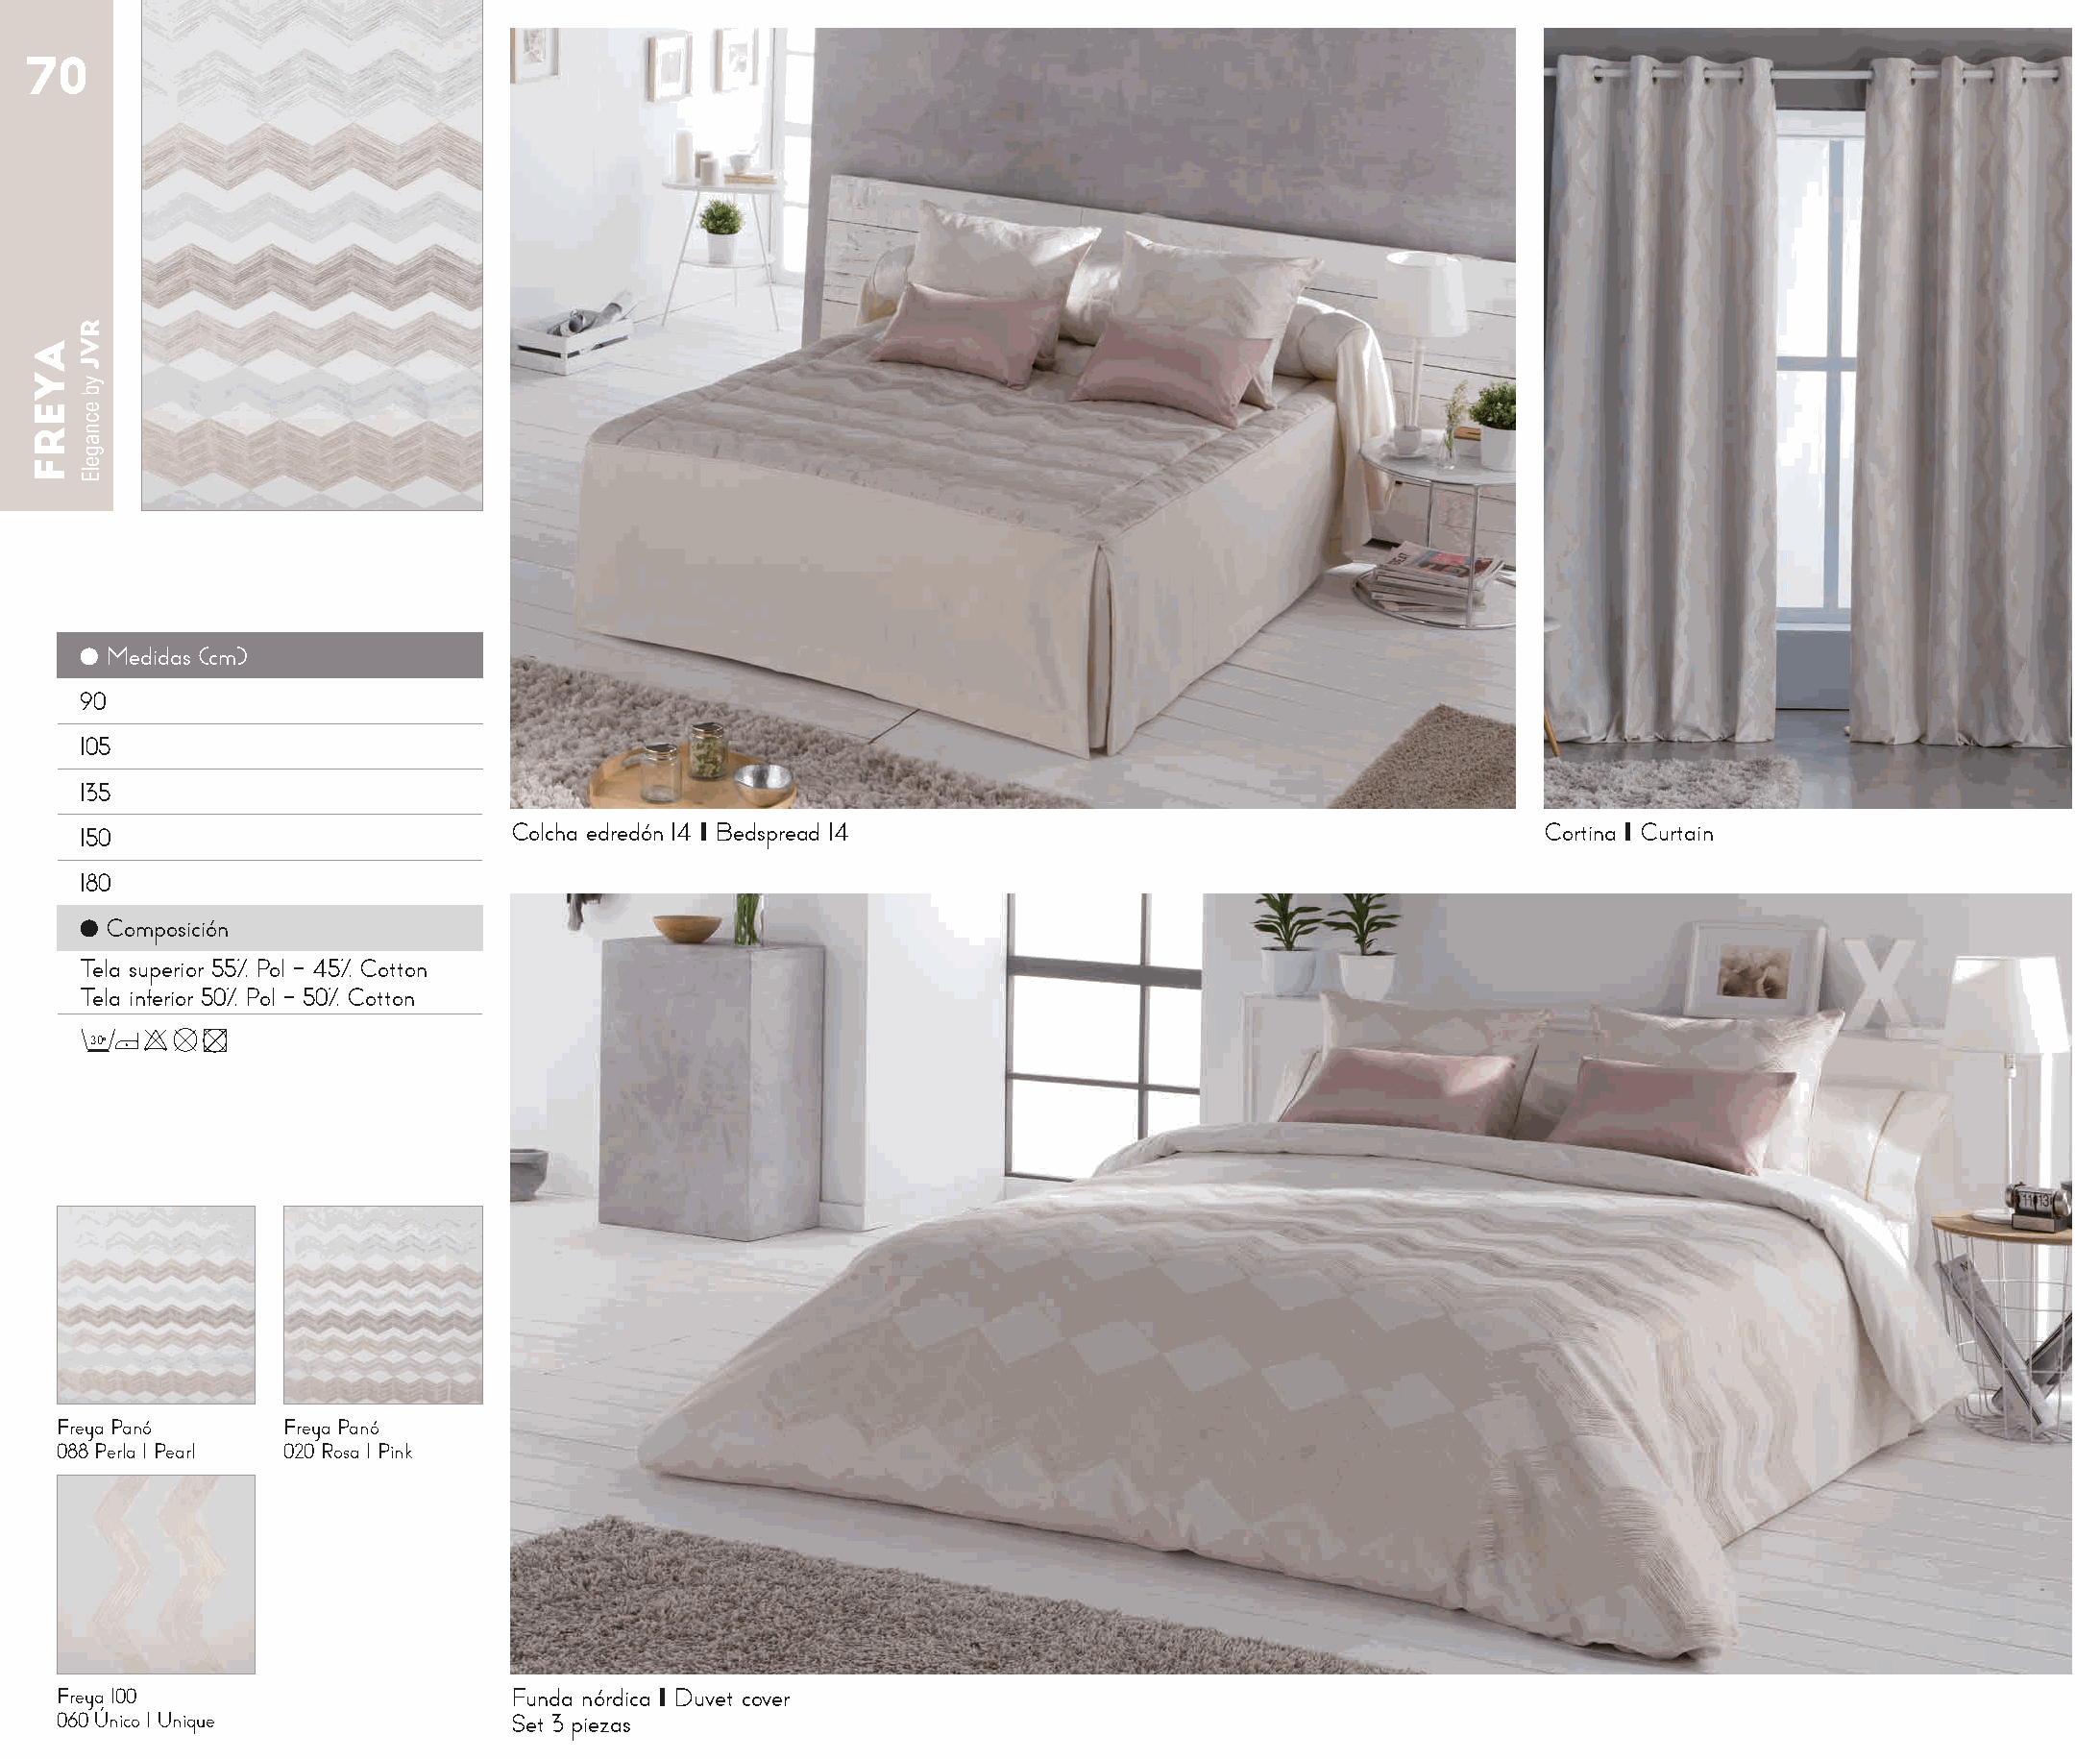
70
 ● Medidas (cm)
 90
 105
 135
 150                          Colcha edredón 14 I Bedspread 14                                       Cortina I Curtain
 180
 ● Composición
 Tela superior 55% Pol - 45% Cotton
 Tela inferior 50% Pol - 50% Cotton
 30o
 Freya Panó      Freya Panó
 088 Perla I Pearl 020 Rosa I Pink
 Freya 100                      Funda nórdica I Duvet cover
 060 Único I Unique             Set 3 piezas
 AYERF
 RVJ
 yb
 ecnagelE